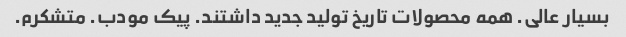
بسیار عالی. همه محصولات تاریخ تولید جدید داشتند. پیک مودب. متشکرم.